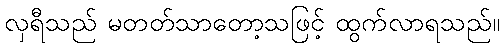
လှရီသည် မတတ်သာတော့သဖြင့် ထွက်လာရသည်။